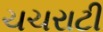
ચચરાટી